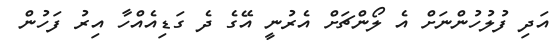
އަދި ފުލުހުންނަށް އެ ލޯންޗަށް އެރުނީ އޭގެ ދެ ގަޑިއެއްހާ އިރު ފަހުން